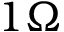
1 \Omega